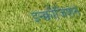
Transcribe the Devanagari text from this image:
इन्क्वीजिशन